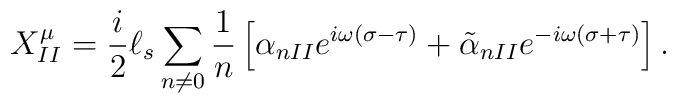
X_{II}^\mu=\frac{i}{2}{\ell}_s\sum_{n\neq 0}\frac{1}{n}\left[ \alpha_{nII}e^{i\omega (\sigma-\tau)}+\tilde{\alpha}_{nII}e^{-i\omega (\sigma+\tau)} \right].